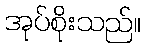
အုပ်စိုးသည်။